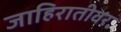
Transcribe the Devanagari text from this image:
जाहिरातीवर